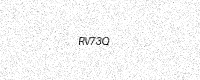
Text: RV73Q